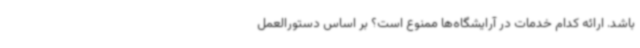
باشد. ارائه کدام خدمات در آرایشگاه‌ها ممنوع است؟ بر اساس دستورالعمل